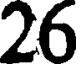
26